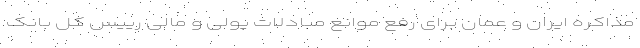
مذاکره ایران و عمان برای رفع موانع مبادلات پولی و مالی رییس کل بانک